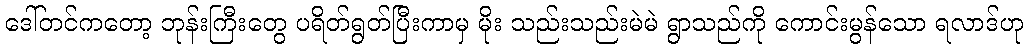
ဒေါ်တင်ကတော့ ဘုန်းကြီးတွေ ပရိတ်ရွတ်ပြီးကာမှ မိုး သည်းသည်းမဲမဲ ရွာသည်ကို ကောင်းမွန်သော ရလာဒ်ဟု